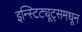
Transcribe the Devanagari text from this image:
इन्स्टिट्यूट्समधून